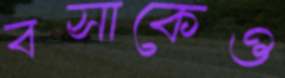
বসাকেও